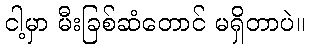
ငါ့မှာ မီးခြစ်ဆံတောင် မရှိတာပဲ။